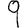
Digit: 9